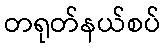
တရုတ်နယ်စပ်